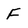
Character: F